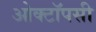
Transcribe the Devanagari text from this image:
ओक्टॉपसी